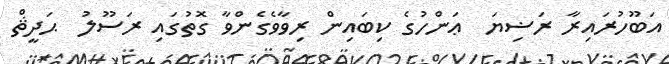
އަބޫހުރައިރާ ރަޟިޔަ  ޢަންހުގެ ކިބައިން ރިވާވެގެންވާ ގޮތުގައި ރަސޫލު  ޙަދީޘް